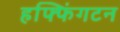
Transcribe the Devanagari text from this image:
हफ्फिंगटन